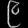
Digit: ၉